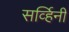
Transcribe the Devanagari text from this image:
सर्व्हिनी